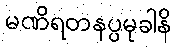
မဏိရတနပ္ပမုခါနိ